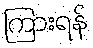
ကြားရန်